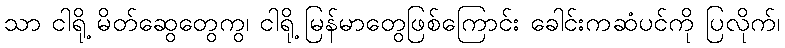
သာ ငါရို့ မိတ်ဆွေတွေကွ၊ ငါရို့ မြန်မာတွေဖြစ်ကြောင်း ခေါင်းကဆံပင်ကို ပြလိုက်၊